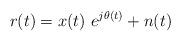
LaTeX: \begin{align*} r(t) = x(t) \ e^{j \theta(t)} + n(t) \end{align*}